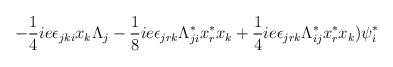
LaTeX: \begin{align*}-\frac{1}{4}ie\epsilon _{jki}x_{k}\Lambda _{j}-\frac{1}{8}ie\epsilon_{jrk}\Lambda ^{*}_{ji}x^{*}_{r}x_{k}+\frac{1}{4}ie\epsilon _{jrk}\Lambda^{*}_{ij}x^{*}_{r}x_{k})\psi _{i}^{*}\end{align*}